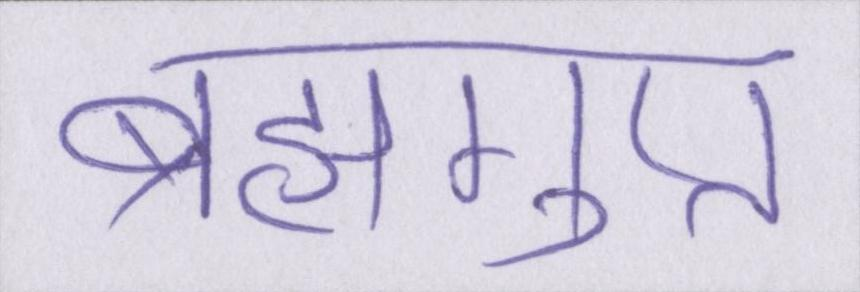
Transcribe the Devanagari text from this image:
ब्रह्मगुप्त